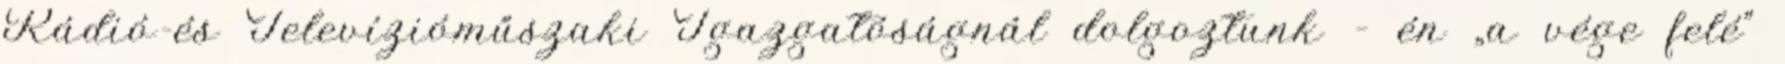
Rádió-és Televízióműszaki Igazgatóságnál dolgoztunk – én „a vége felé”